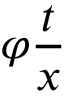
\varphi { \frac { t } { x } }